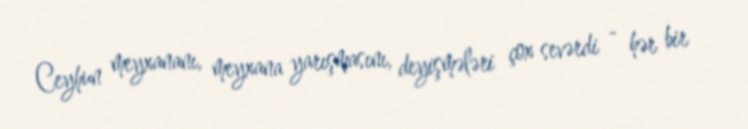
Ceyhun meyxananı, meyxana yarışmasını, deyişmələri çox sevərdi - hər bir